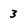
Character: 3